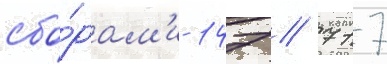
сбо́рам'и 147 / 717